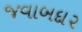
જવાબદા૨